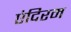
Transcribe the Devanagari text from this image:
एंदिरम